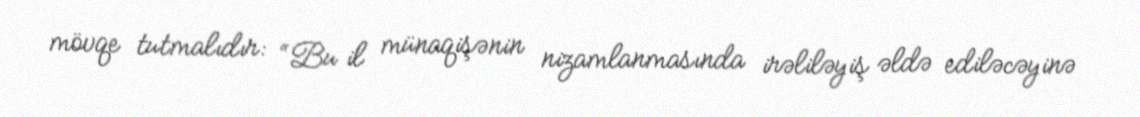
mövqe tutmalıdır: “Bu il münaqişənin nizamlanmasında irəliləyiş əldə ediləcəyinə